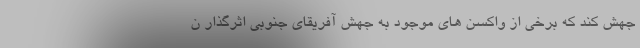
جهش کند که برخی از واکسن های موجود به جهش آفریقای جنوبی اثرگذار ن